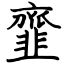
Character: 韲